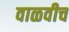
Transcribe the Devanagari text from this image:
वाळवीच